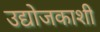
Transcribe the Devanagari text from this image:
उद्योजकाशी